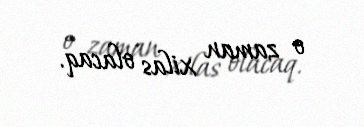
o zaman xilas olacaq.